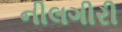
નીલગીરી